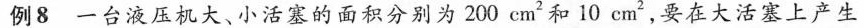
例8一台液压机大、小活塞的面积分别为200cm^{2}和10cm^{2}，要在大活塞上产生